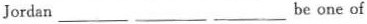
Jordan___ ___ ___be one of